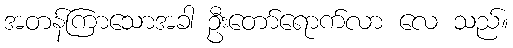
အတန်ကြာသောအခါ ဦးတော်ရောက်လာ လေ သည်။